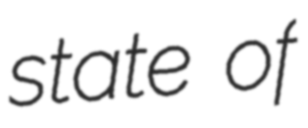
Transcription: state of